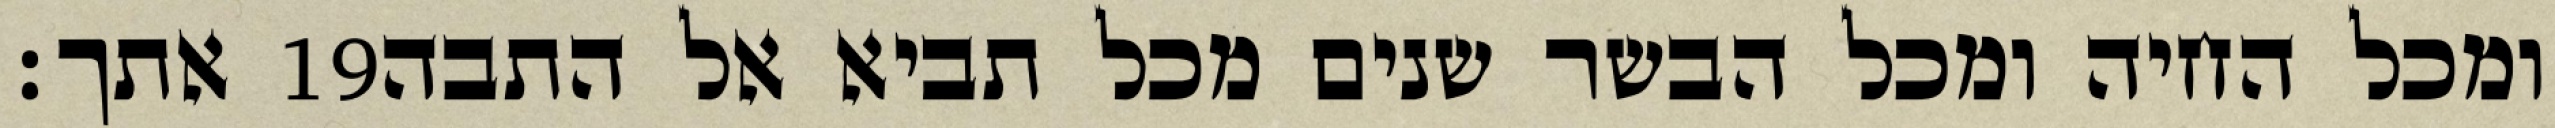
אתך׃ ‎19‏ ומכל החיה ומכל הבשר שנים מכל תביא אל התבה